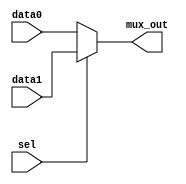
module TWO_TO_ONE_MUX_32BIT (
    input  sel,     // Select input (control signal)
    input  [31:0] data0,  // Data input 0
    input  [31:0] data1,  // Data input 1
    output  [31:0] mux_out  // Mux output
);

	
			assign mux_out = sel ?  data1 : data0;

	
endmodule